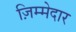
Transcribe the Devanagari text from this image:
ज़िम्‍मेदार